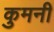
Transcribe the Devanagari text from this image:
कुमनी